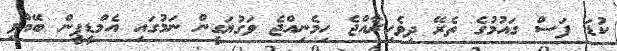
ކުޑަ ފަސް ގައުމުގެ ތެރޭ ދިވެހިރާއްޖެ ހިމެނިއްޖެ ވަގުޔަގީން ނަމުގައި އެމްޑީޕީން ބޭއްވި